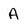
Character: A